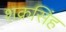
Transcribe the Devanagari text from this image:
शक्रसिंह